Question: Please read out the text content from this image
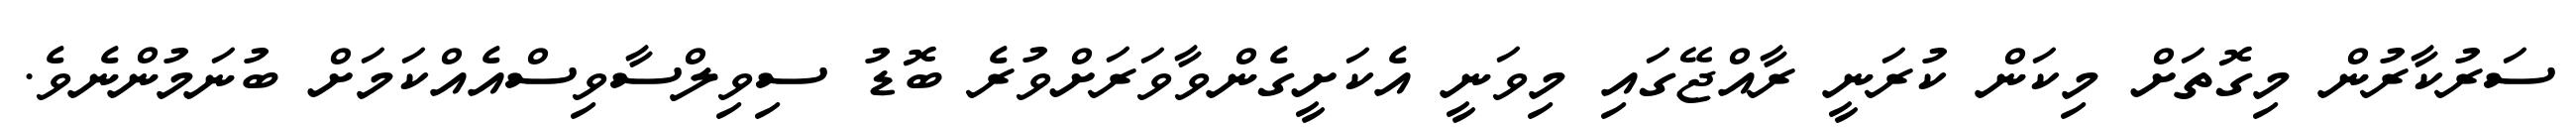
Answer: ސަރުކާރުން މިގޮތަށް މިކަން ކުރަނީ ރާއްޖޭގައި މިވަނީ އެކަށީގެންވާވަރަށްވުރެ ބޮޑު ސިވިލްސާވިސްއެއްކަމަށް ބުނަމުންނެވެ.